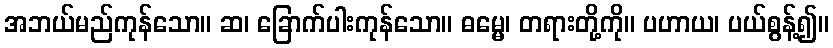
အဘယ်မည်ကုန်သော။ ဆ၊ ခြောက်ပါးကုန်သော။ ဓမ္မေ၊ တရားတို့ကို။ ပဟာယ၊ ပယ်စွန့်၍။